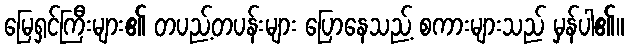
မြေရှင်ကြီးများ၏ တပည့်တပန်းများ ပြောနေသည့် စကားများသည် မှန်ပါ၏။